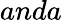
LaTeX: anda